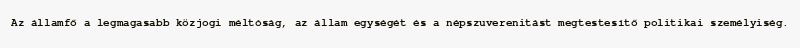
Az államfő a legmagasabb közjogi méltóság, az állam egységét és a népszuverenitást megtestesítő politikai személyiség.